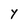
Character: y